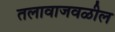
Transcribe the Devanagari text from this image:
तलावाजवळील